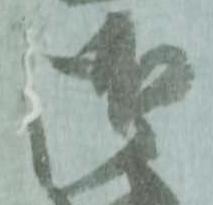
御